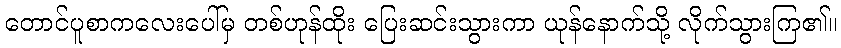
တောင်ပူစာကလေးပေါ်မှ တစ်ဟုန်ထိုး ပြေးဆင်းသွားကာ ယုန်နောက်သို့ လိုက်သွားကြ၏။